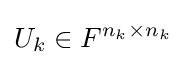
U_{k}\in F^{n_{k}\times n_{k}}